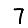
Digit: 7